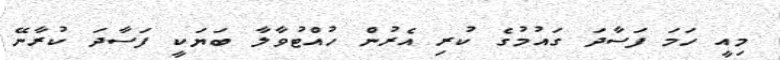
މިއީ ހަމަ ފަސާދަ ގައުމުގެ ކުރި އެރުން ހުއްޓުވާލާ ބަޔަކީ ފަސާދަ ކުރާނޭ